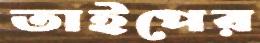
তাইপের